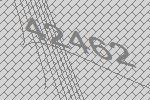
42462